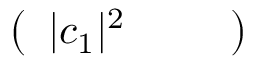
\left( \begin{array} { l l l } { \lvert c _ { 1 } \rvert ^ { 2 } } & { } & { } \end{array} \right)